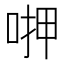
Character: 𠶟